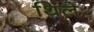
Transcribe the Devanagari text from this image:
थिले